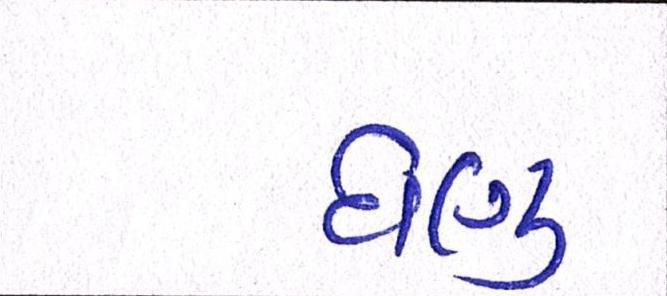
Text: ઘણુ